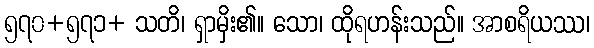
၅၇၀+၅၇၁+ သတိ၊ ရှာမှိး၏။ သော၊ ထိုရဟန်းသည်။ အာစရိယဿ၊